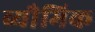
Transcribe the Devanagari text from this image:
व्यौमिक